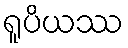
ရူပိယဿ